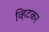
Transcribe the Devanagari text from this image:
व्हिटकर